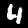
Digit: 4